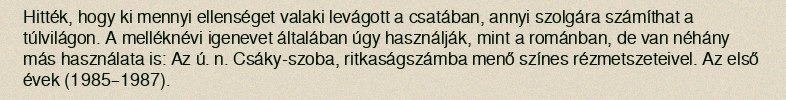
Hitték, hogy ki mennyi ellenséget valaki levágott a csatában, annyi szolgára számíthat a túlvilágon. A melléknévi igenevet általában úgy használják, mint a románban, de van néhány más használata is: Az ú. n. Csáky-szoba, ritkaságszámba menő színes rézmetszeteivel. Az első évek (1985–1987).